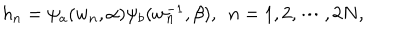
h _ { n } = \psi _ { a } ( w _ { n } , \alpha ) \psi _ { b } ( w _ { n } ^ { - 1 } , \beta ) , ~ ~ n = 1 , 2 , \cdots , 2 N ,